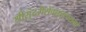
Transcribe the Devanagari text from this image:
श्रीसुंदरीसेवनतत्परानां